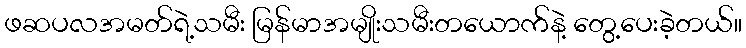
ဖဆပလအမတ်ရဲ့သမီး မြန်မာအမျိုးသမီးတယောက်နဲ့ တွေ့ပေးခဲ့တယ်။